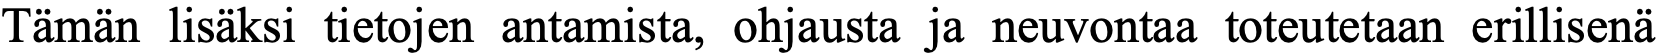
Tämän lisäksi tietojen antamista, ohjausta ja neuvontaa toteutetaan erillisenä